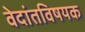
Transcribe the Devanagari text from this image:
वेदांतविषयक